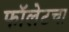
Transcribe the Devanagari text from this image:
फॉलेटचा